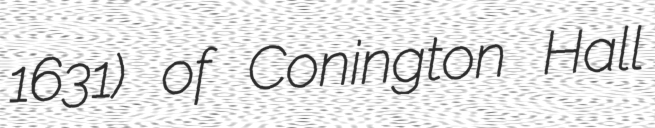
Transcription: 1631) of Conington Hall